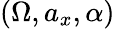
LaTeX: \left(\Omega,a_{x},\alpha\right)